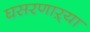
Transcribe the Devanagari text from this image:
घसरणाऱ्या